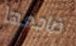
ضاجعها